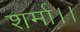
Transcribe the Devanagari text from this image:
शर्मा।।